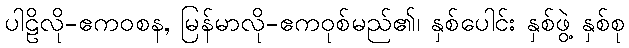
ပါဠိလို-ဧကဝစန, မြန်မာလို-ဧကဝုစ်မည်၏၊ နှစ်ပေါင်း နှစ်ဖွဲ့ နှစ်စု